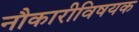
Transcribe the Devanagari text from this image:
नौकारीविषयक